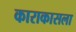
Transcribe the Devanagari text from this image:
काराकासला